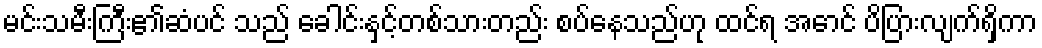
မင်းသမီးကြီး၏ဆံပင် သည် ခေါင်းနှင့်တစ်သားတည်း စပ်နေသည်ဟု ထင်ရ အောင် ပိပြားလျက်ရှိကာ